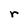
Character: r